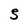
Character: S